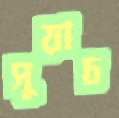
সুয়াচ